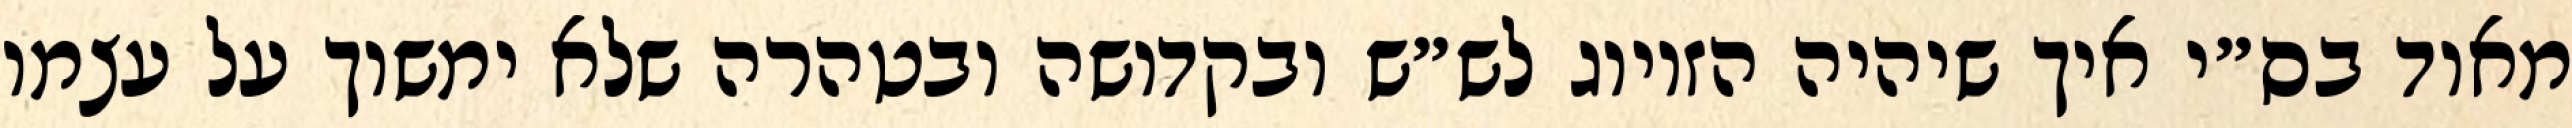
מאוד בס״י איך שיהיה הזיווג לש״ש ובקדושה ובטהרה שלא ימשוך על עצמו